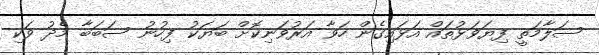
ސަލާމަތީ ފިޔަވަޅުތައް އަޅައިގެން ހަވާ އަރުވަނިކޮށް ބަޔަކު ފިހުނު ސަބަބާ މެދު ވަކި